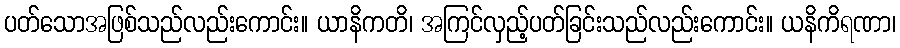
ပတ်သောအဖြစ်သည်လည်းကောင်း။ ယာနိကတိ၊ အကြင်လှည့်ပတ်ခြင်းသည်လည်းကောင်း။ ယနိကိရဏာ၊